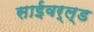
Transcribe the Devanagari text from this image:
साईवर्ल्ड